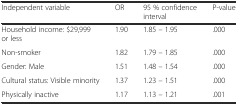
<table><thead><tr><td><b>Independent variable</b></td><td><b>OR</b></td><td><b>95 % confidence interval</b></td><td><b>P-value</b></td></tr></thead><tbody><tr><td>Household income: $29,999 or less</td><td>1.90</td><td>1.85 – 1.95</td><td>.000</td></tr><tr><td>Non-smoker</td><td>1.82</td><td>1.79 – 1.85</td><td>.000</td></tr><tr><td>Gender: Male</td><td>1.51</td><td>1.48 – 1.54</td><td>.000</td></tr><tr><td>Cultural status: Visible minority</td><td>1.37</td><td>1.23 – 1.51</td><td>.000</td></tr><tr><td>Physically inactive</td><td>1.17</td><td>1.13 – 1.21</td><td>.001</td></tr></tbody></table>